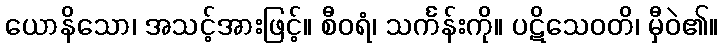
ယောနိသော၊ အသင့်အားဖြင့်။ စီဝရံ၊ သင်္ကန်းကို။ ပဋိသေဝတိ၊ မှီဝဲ၏။